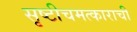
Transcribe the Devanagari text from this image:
सृष्टीचमत्काराची